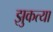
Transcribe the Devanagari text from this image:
झुकत्या